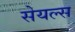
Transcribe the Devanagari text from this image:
सेयल्स